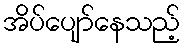
အိပ်ပျော်နေသည့်